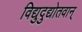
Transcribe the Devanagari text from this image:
विद्युदुद्योतवान्